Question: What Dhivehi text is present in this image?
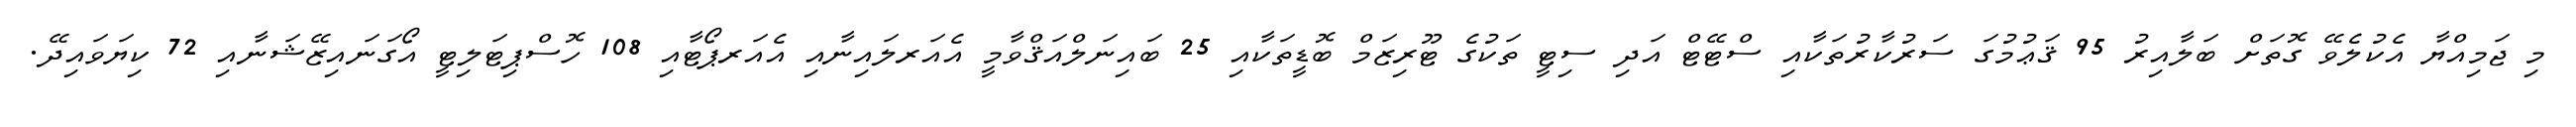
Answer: މި ޖަމިއްޔާ އެކުލެވޭ ގޮތަށް ބަލާއިރު 95 ޤަޢުމުގަ ސަރުކާރުތަކާއި ސްޓޭޓް އަދި ސިޓީ ތަކުގެ ޓޫރިޒަމް ބޮޑީތަކާއި 25 ބައިނަލްއަޤްވާމީ އެއަރލައިނާއި އެއަރޕޯޓާއި 108 ހޮސްޕިޓަލިޓީ އޯގަނައިޒޭޝަނާއި 72 ކިޔަވައިދޭ.